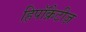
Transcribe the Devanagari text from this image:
हिपॉक्रेटीज़